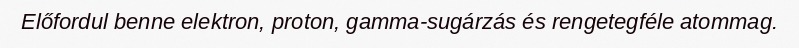
Előfordul benne elektron, proton, gamma-sugárzás és rengetegféle atommag.